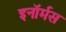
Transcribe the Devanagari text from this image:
इनॉर्मस